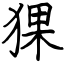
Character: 猓